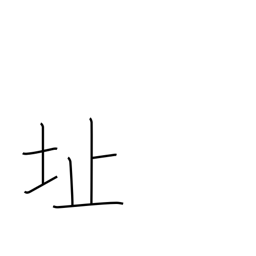
Meaning: ruins